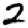
Digit: 2